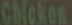
Chicken